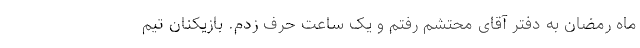
ماه رمضان به دفتر آقای محتشم رفتم و یک ساعت حرف زدم. بازیکنان تیم